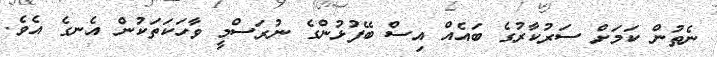
ނެތުން ކަމަށް ސަރުކާރުގެ ބައެއް އިސް ބޭފުޅުންގެ ނުރަސްމީ ވާހަކަތަކުން އެނގެ އެވެ.